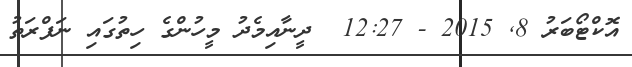
އޮކްޓޯބަރު 8